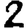
Digit: 2